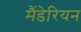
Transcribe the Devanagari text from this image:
मैंडेरियन